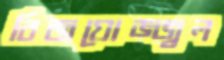
বিজয়োজ্জ্বল